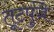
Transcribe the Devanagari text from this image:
तूटपुंजे